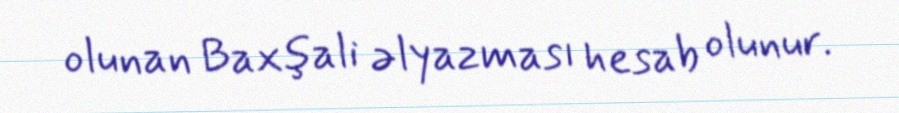
olunan Baxşali əlyazması hesab olunur.